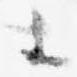
等